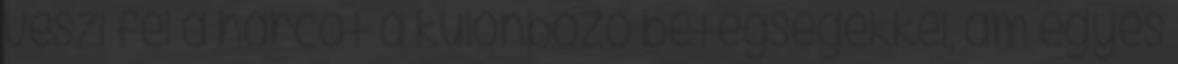
veszi fel a harcot a különböző betegségekkel, ám egyes